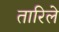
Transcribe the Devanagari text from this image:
तारिले